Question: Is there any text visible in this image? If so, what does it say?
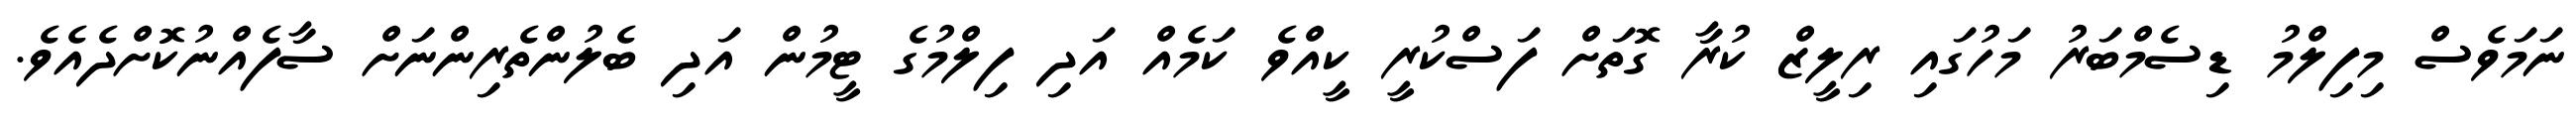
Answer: ނަމަވެސް މިފިލްމު ޑިސެމްބަރު މަހުގައި ރިލީޒް ކުރާ ގޮތަށް ފަސްކުރީ ކީއްވެ ކަމެއް އަދި ފިލްމުގެ ޓީމުން އަދި ބެލުންތެރިންނަށް ސާފެއްނުކޮށްދެއެވެ.